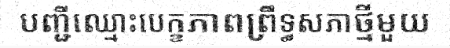
បញ្ជីឈ្មោះបេក្ខភាពព្រឹទ្ធសភាថ្មីមួយ